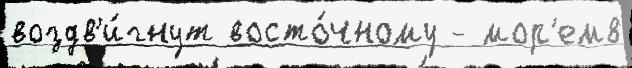
воздв'и́гнут восто́чному - мор'ем8